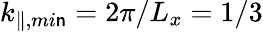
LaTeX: k_{\parallel,mi\mathsf{n}}=2\pi/L_{x}=1/3